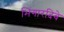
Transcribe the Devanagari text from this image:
भिंगारदिवे